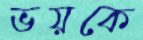
ভয়কে